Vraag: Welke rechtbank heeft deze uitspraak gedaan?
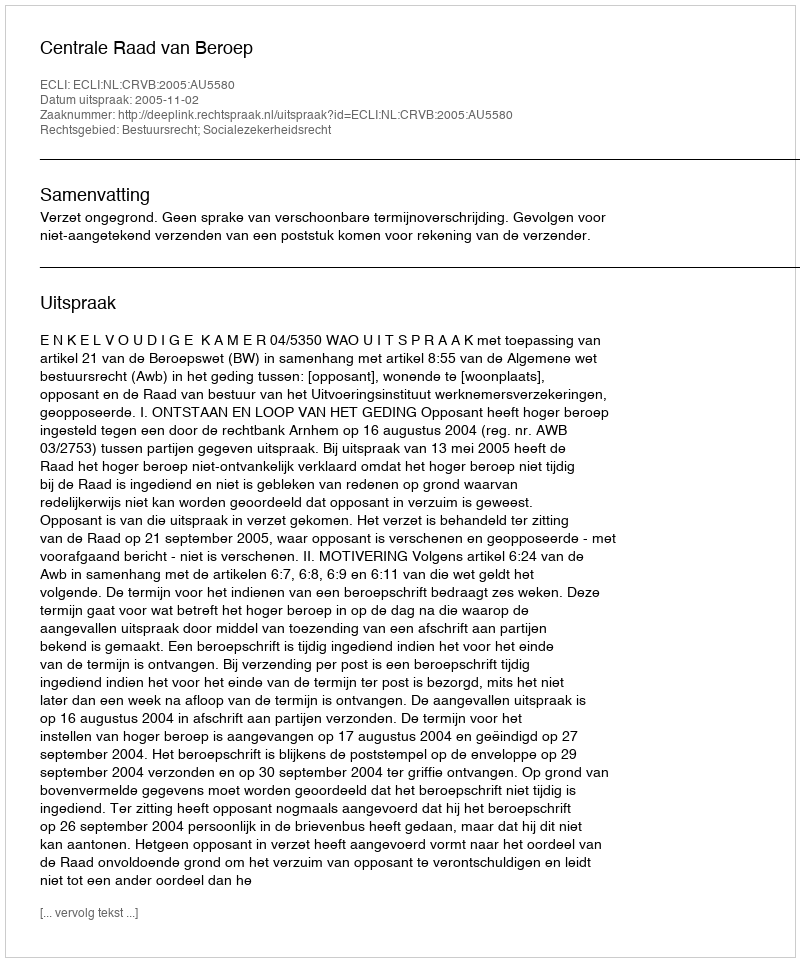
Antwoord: Centrale Raad van Beroep